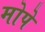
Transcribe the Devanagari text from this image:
मोपे